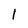
Character: 1